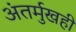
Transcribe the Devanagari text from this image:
अंतर्मुखही